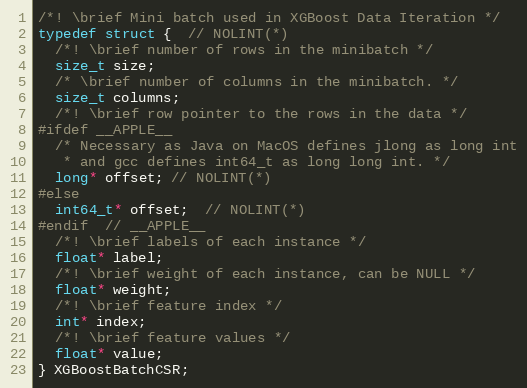
Language: C
/*! \brief Mini batch used in XGBoost Data Iteration */
typedef struct {  // NOLINT(*)
  /*! \brief number of rows in the minibatch */
  size_t size;
  /* \brief number of columns in the minibatch. */
  size_t columns;
  /*! \brief row pointer to the rows in the data */
#ifdef __APPLE__
  /* Necessary as Java on MacOS defines jlong as long int
   * and gcc defines int64_t as long long int. */
  long* offset; // NOLINT(*)
#else
  int64_t* offset;  // NOLINT(*)
#endif  // __APPLE__
  /*! \brief labels of each instance */
  float* label;
  /*! \brief weight of each instance, can be NULL */
  float* weight;
  /*! \brief feature index */
  int* index;
  /*! \brief feature values */
  float* value;
} XGBoostBatchCSR;